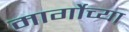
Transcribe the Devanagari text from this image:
मार्गोच्या